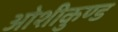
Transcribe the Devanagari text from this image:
ओशीकुण्ड